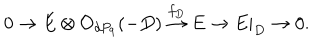
LaTeX: 0 \rightarrow E \otimes { \cal O } _ { d P _ { 9 } } ( - D ) \stackrel { f _ { D } } { \rightarrow } E \rightarrow E | _ { D } \rightarrow 0 .